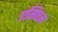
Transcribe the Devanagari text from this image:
एसिएस